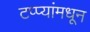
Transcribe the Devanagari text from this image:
टप्प्यांमधून